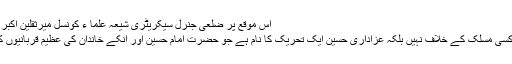
اس موقع پر ضلعی جنرل سیکریٹری شیعہ علما ء کونسل میرثقلین اکبر،سید الطاف عباس کاظمی بھی موجود تھے
گجرات(جی پی آئی) عزاداری کسی فرد یا کسی مسلک کے خلاف نہیں بلکہ عزاداری حسین ایک تحریک کا نام ہے جو حضرت امام حسین اور انکے خاندان کی عظیم قربانیوں کو سلام پیش کرنے کیلئے شروع کی گئی ۔